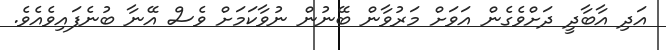
އަދި އާބާދީ ދަށްވެގެން އަވަށް މަރުވާން ބޭނުން ނުވާކަމަށް ވެސް އޭނާ ބުނެފައިވެއެވެ.